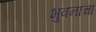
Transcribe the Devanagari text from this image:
भुवनाचा